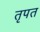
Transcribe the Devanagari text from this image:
तृपत